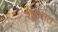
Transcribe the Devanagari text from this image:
शूरवात